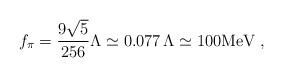
LaTeX: \begin{align*}f_\pi = \frac{9 \sqrt{5}}{256} \Lambda \simeq 0.077 \, \Lambda \simeq 100 \mbox{MeV} \; ,\end{align*}